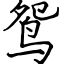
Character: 鸳